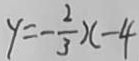
y = - \frac { 2 } { 3 } x - 4